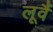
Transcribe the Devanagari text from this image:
लूवैं